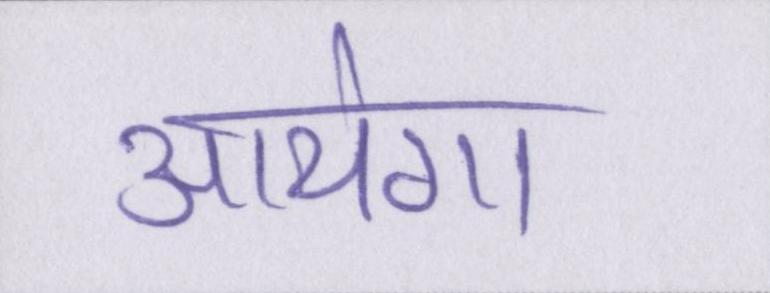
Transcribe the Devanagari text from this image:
आयेगा